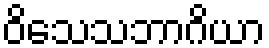
ဝိသေသဘာဂိယာ